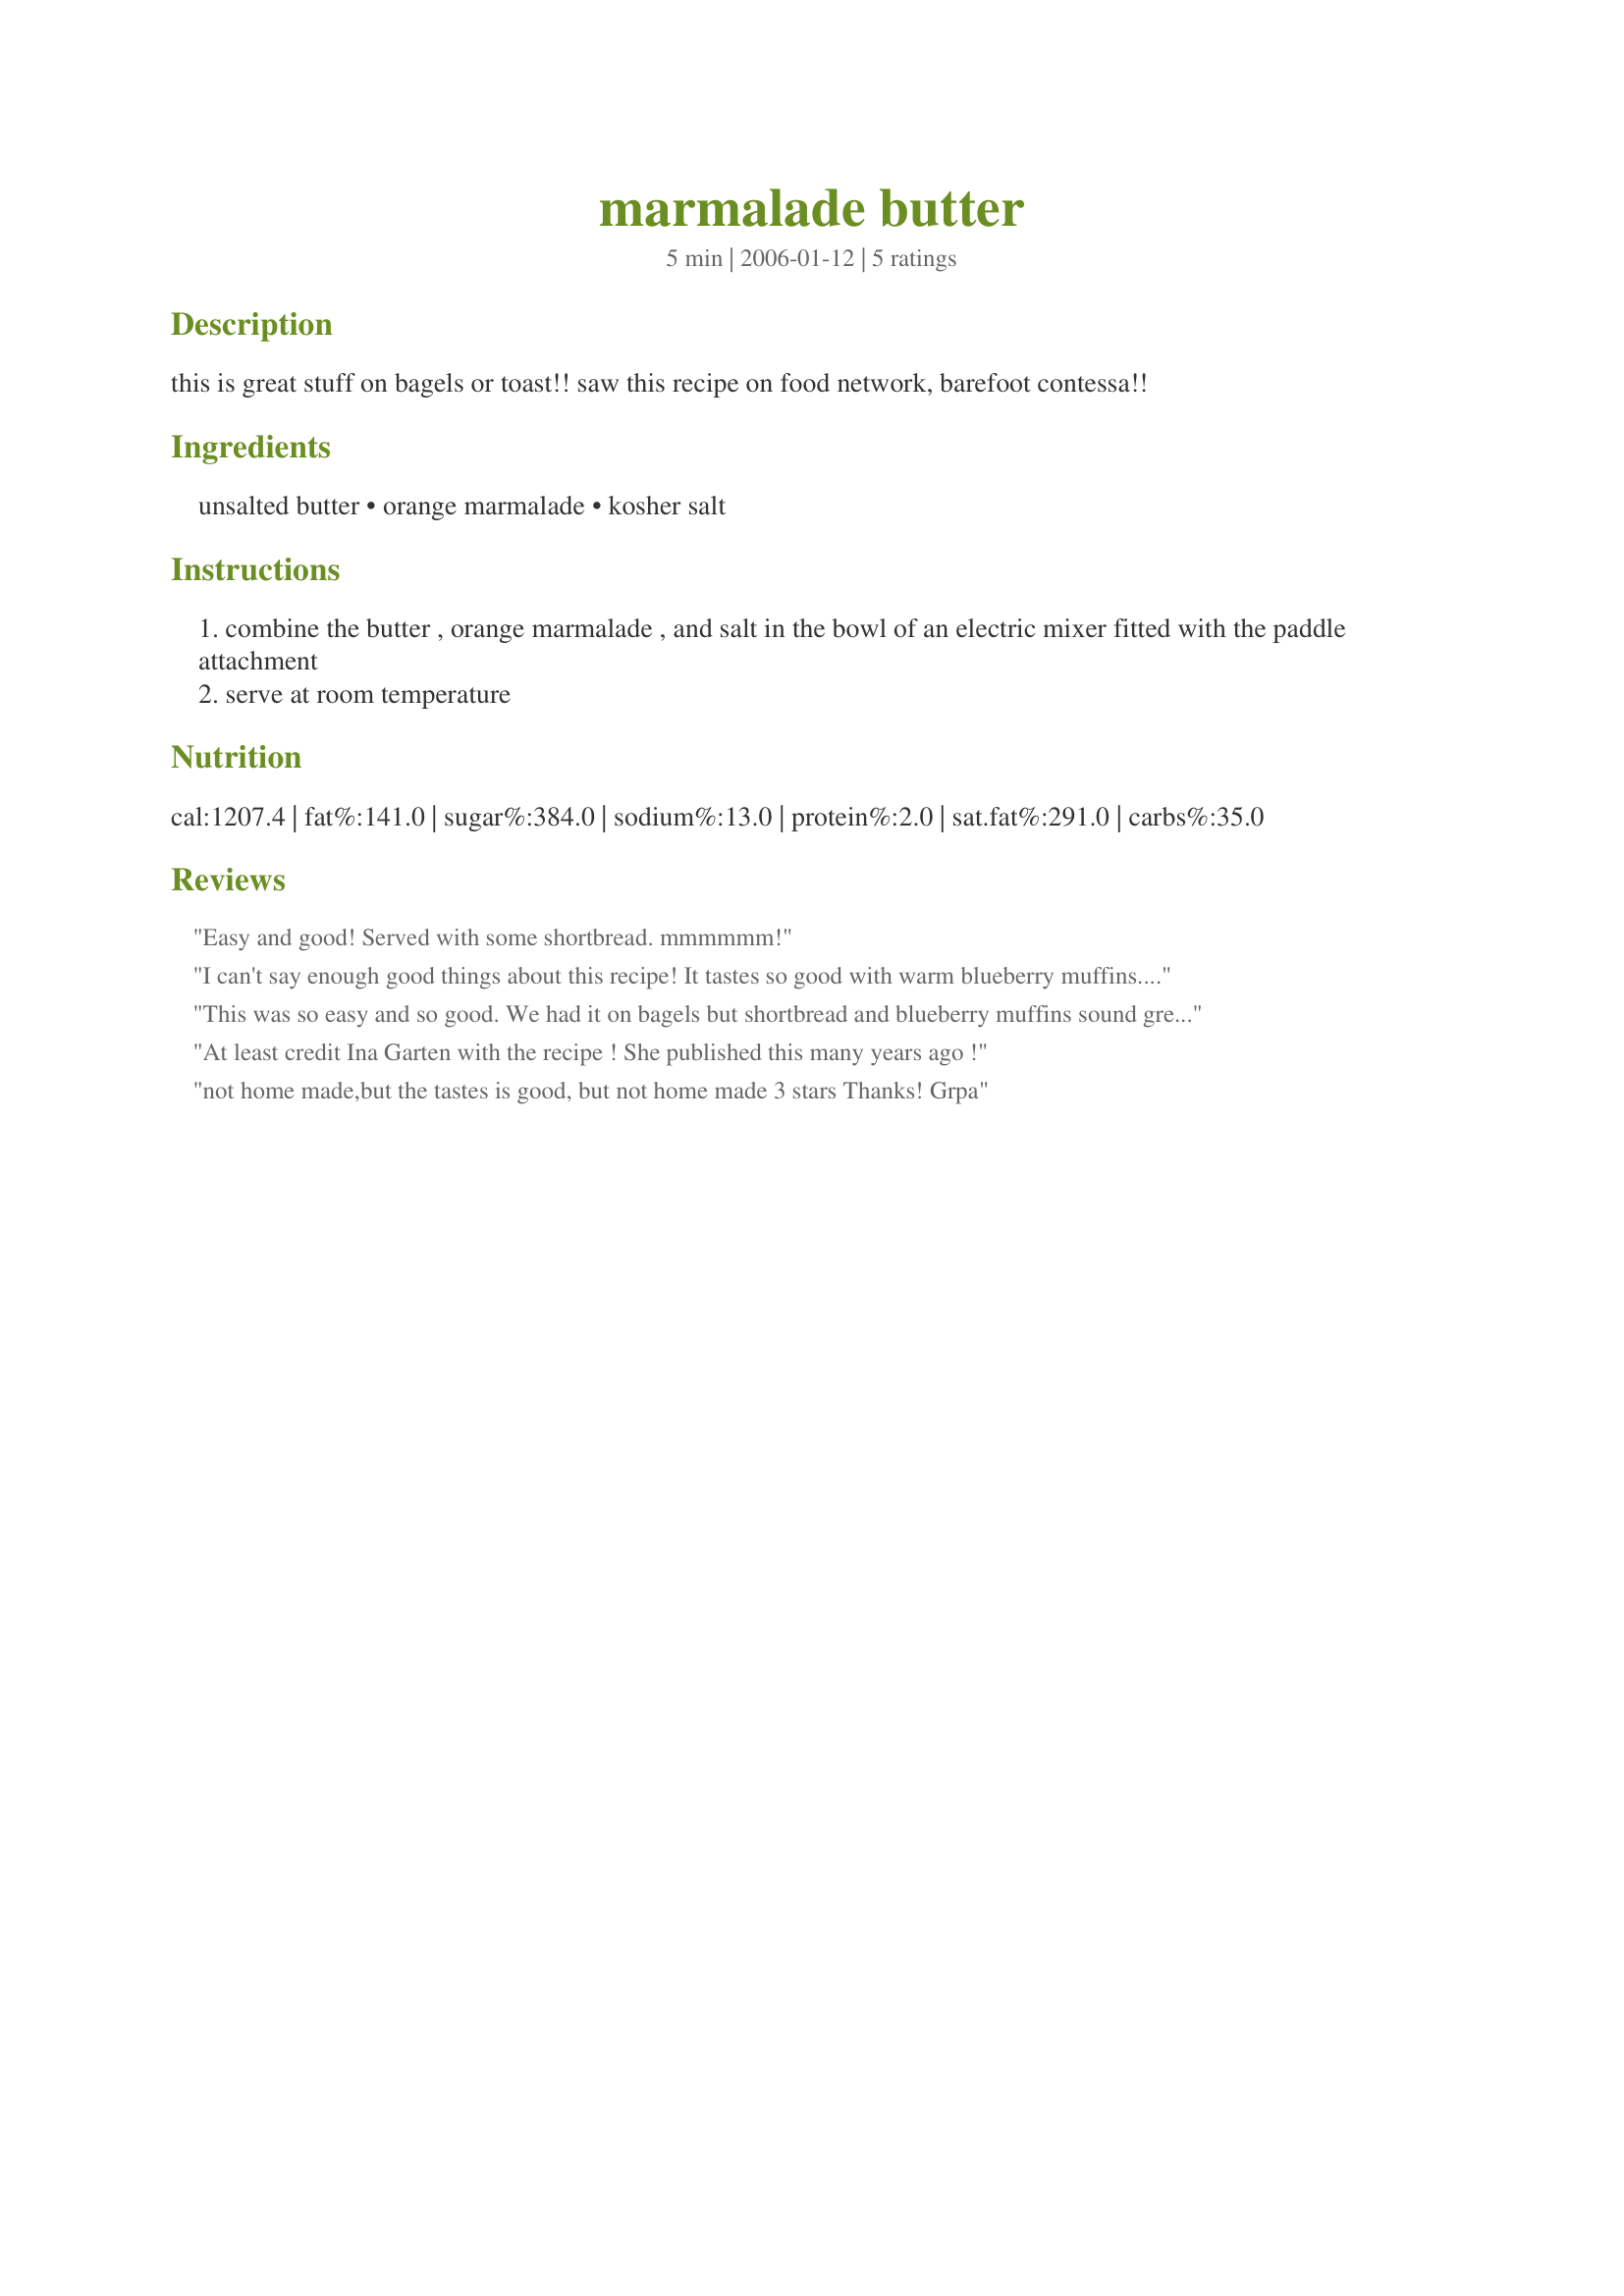
marmalade butter
Preparation time: 5 minutes

this is great stuff on bagels or toast!!
saw this recipe on food network, barefoot contessa!!

Ingredients:
unsalted butter, orange marmalade, kosher salt

Steps:
combine the butter , orange marmalade , and salt in the bowl of an electric mixer fitted with the paddle attachment
serve at room temperature

Reviews:
Easy and good! Served with some shortbread. mmmmmm!
I can't say enough good things about this recipe! It tastes so good with warm blueberry muffins. Thanks for posting it!
This was so easy and so good. We had it on bagels but shortbread and blueberry muffins sound great. It was a nice way to start the day! Thanks!
At least credit Ina Garten with the recipe ! She published this many years ago !
not home made,but the tastes is good, but not home made 3 stars Thanks! Grpa
